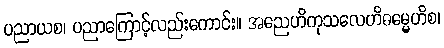
ပညာယစ၊ ပညာကြောင့်လည်းကောင်း။ အညေဟိကုသလေဟိဓမ္မေဟိစ၊